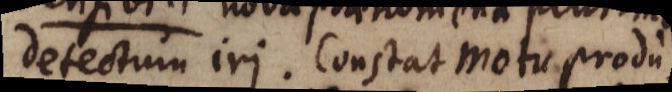
detectum iri. Constat motu produ-